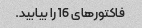
فاکتورهای 16 را بیابید.